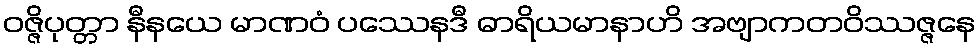
ဝဇ္ဇိပုတ္တာ နီနယေ မာဏဝံ ပဿေနဒီ ဓာရိယမာနာဟိ အဗျာကတဝိဿဇ္ဇနေ